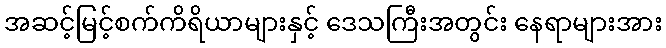
အဆင့်မြင့်စက်ကိရိယာများနှင့် ဒေသကြီးအတွင်း နေရာများအား